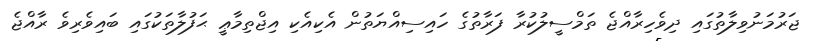
ޖަރުމަނުވިލާތުގައި ދިވެހިރާއްޖެ ތަމްސީލުކުރާ ފަރާތުގެ ހައިސިއްޔަތުން އެކިއެކި އިޖްތިމާޢީ ޙަފުލާތަކުގައި ބައިވެރިވެ ރާއްޖެ